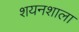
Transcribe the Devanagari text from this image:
शयनशाला